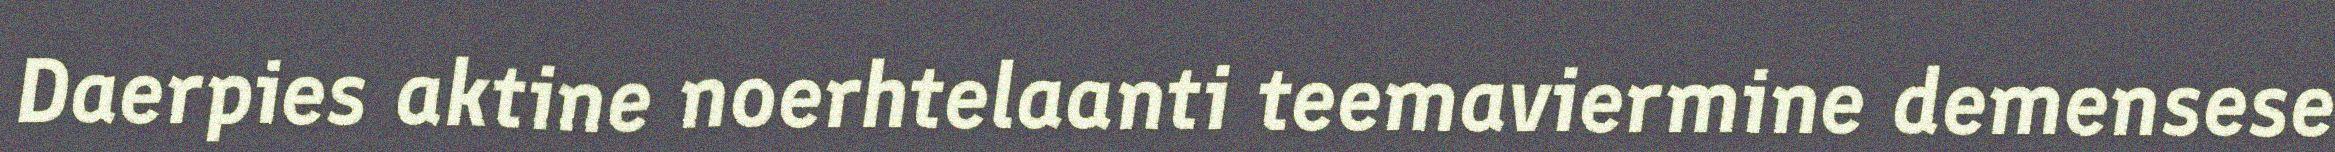
Daerpies aktine noerhtelaanti teemaviermine demensese